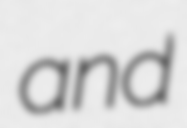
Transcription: and